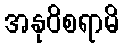
အနုဝိစရာမိ